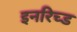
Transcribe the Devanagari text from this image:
इनरिच्ड